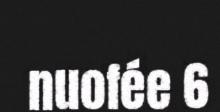
nuofée 6